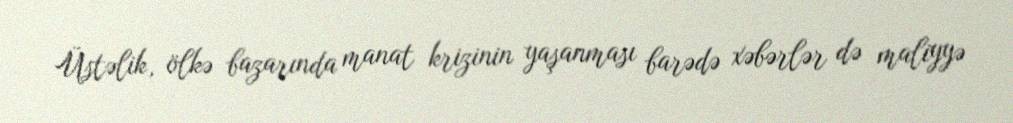
Üstəlik, ölkə bazarında manat krizinin yaşanması barədə xəbərlər də maliyyə